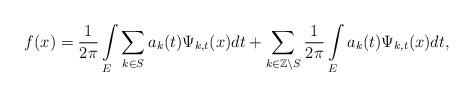
LaTeX: \begin{align*}f(x)=\frac{1}{2\pi}\int\limits_{E}\sum_{k\in S}a_{k}(t)\Psi_{k,t}(x)dt+\sum_{k\in\mathbb{Z}\backslash S}\frac{1}{2\pi}\int\limits_{E}a_{k}(t)\Psi_{k,t}(x)dt,\end{align*}